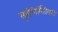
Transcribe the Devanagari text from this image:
सृष्टीनिर्मितीसाठी